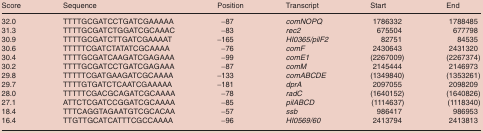
| Score | Sequence | Position | Transcript | Start | End |
 | --- | --- | --- | --- | --- | --- |
 | 32.0 | TTTTGCGATCCTGATCGAAAAA | −87 | comNOPQ | 1786332 | 1788485 |
 | 31.3 | TTTTGCGATCTGGATCGCAAAC | −83 | rec2 | 675504 | 677798 |
 | 30.9 | TTTTGCGATCTTGATCGAAAAT | −165 | HI0365/pilF2 | 82751 | 84535 |
 | 30.6 | TTTTTCGATCTATATCGCAAAA | −76 | comF | 2430643 | 2431320 |
 | 30.4 | TTTTGCGATCAAGATCGAGAAA | −99 | comE1 | (2267009) | (2267374) |
 | 30.2 | TTTTGCGATCCTGATCGAGAAA | −87 | comM | 2145444 | 2146973 |
 | 29.8 | TTTTTCGATGAAGATCGCAAAA | −133 | comABCDE | (1349840) | (1353261) |
 | 29.7 | TTTTGTGATCTCAATCGAAAAA | −181 | dprA | 2097055 | 2098209 |
 | 28.0 | TTTTTCGACGCAGATCGCAAAA | −78 | radC | (1640152) | (1640826) |
 | 27.1 | ATTCTCGATCCGGATCGCAAAA | −85 | pilABCD | (1114637) | (1118340) |
 | 18.4 | TTTCAGGTAGAATGTCGCACAA | −57 | ssb | 986417 | 986953 |
 | 16.4 | TTGTTGCATCATTTCGCCAAAA | −96 | HI0569/60 | 2413794 | 2413813 |